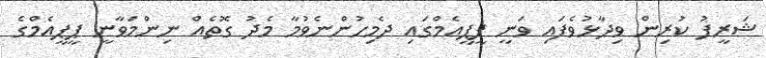
ޝަރީފު ކުރިން ވިދާޅުވެފައި ވަނީ ޕީޕީއެމްގައި ދެމިހުންނެވުމާ މެދު ގޮތެއް ނިންމަވާނީ ޕީޕީއެމްގެ